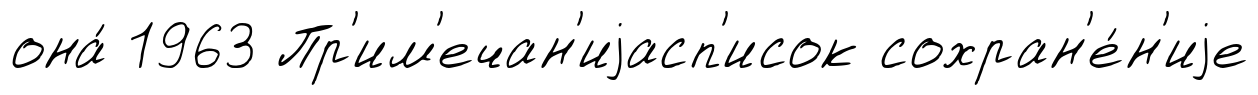
она́ 1963 Пр'им'ечан'иjасп'исок сохран'е́н'иjе